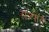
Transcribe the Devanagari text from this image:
राज्पात